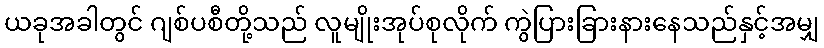
ယခုအခါတွင် ဂျစ်ပစီတို့သည် လူမျိုးအုပ်စုလိုက် ကွဲပြားခြားနားနေသည်နှင့်အမျှ